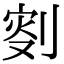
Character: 𠝠